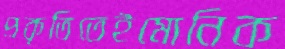
প্রকৃতিতেইমোনিক